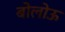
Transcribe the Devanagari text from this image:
बोलोऊ